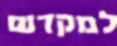
למקדש